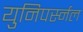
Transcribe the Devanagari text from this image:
युनिपर्स्नल